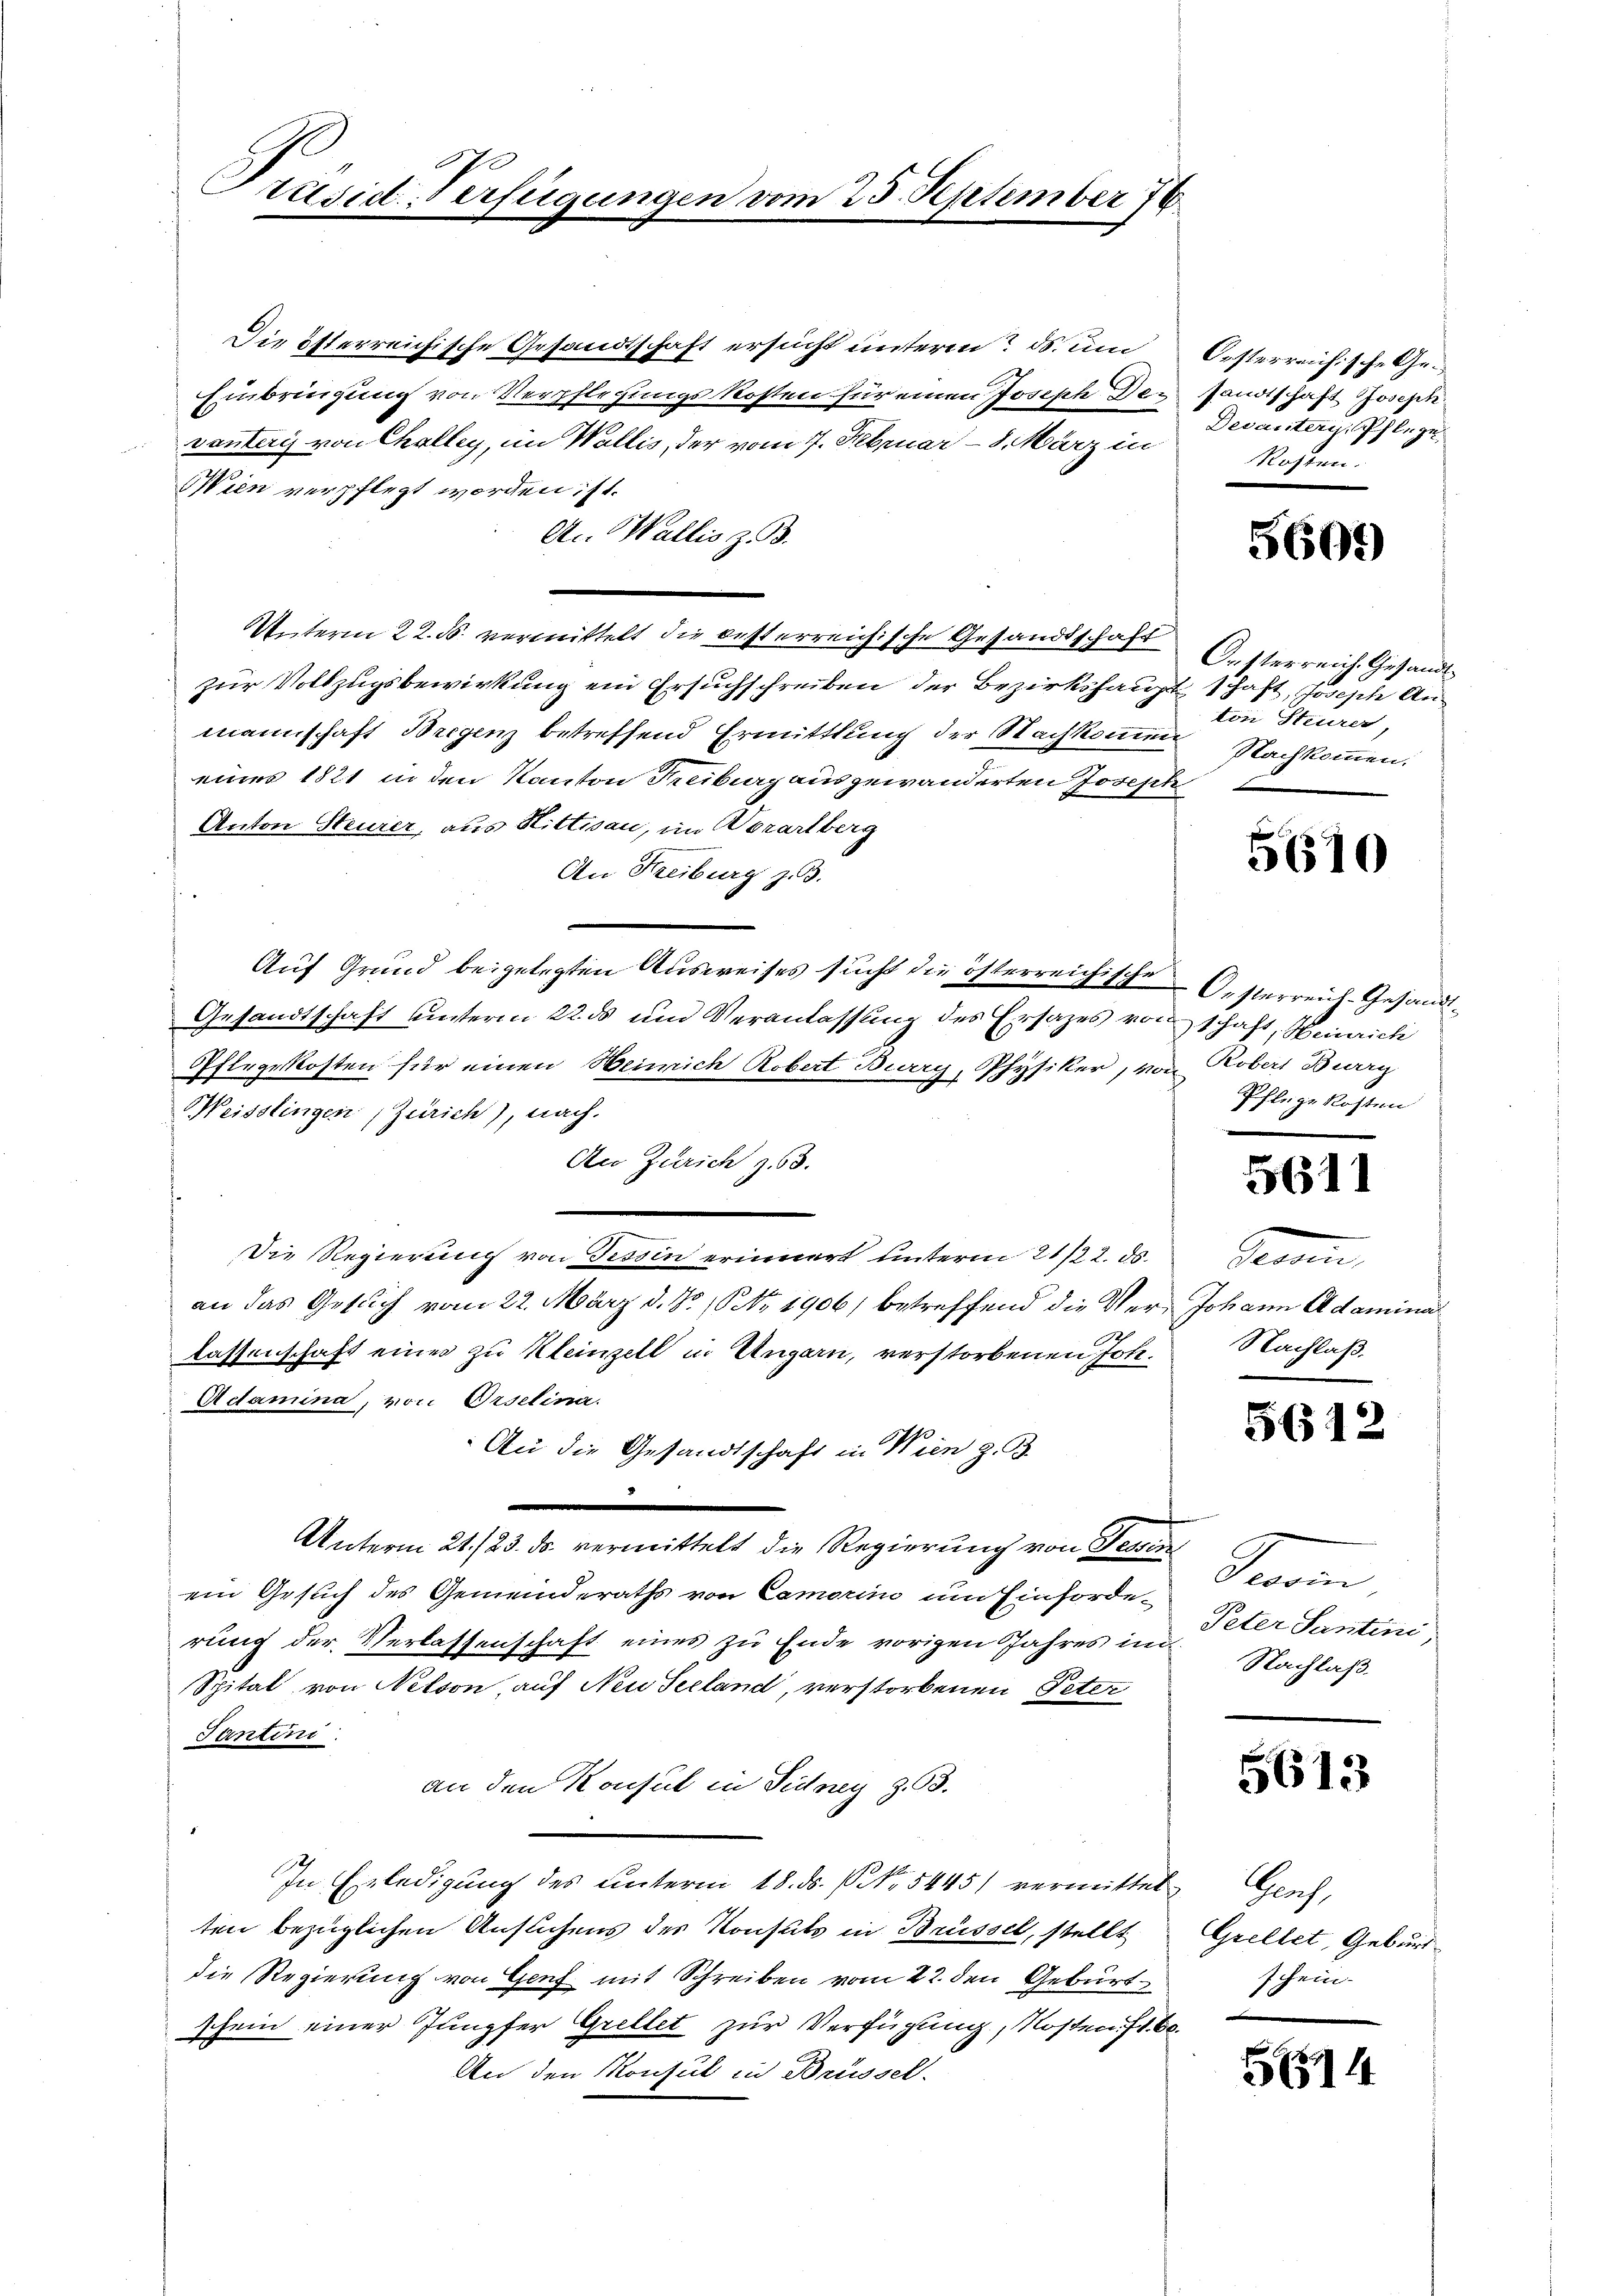
Präsid-Verfügungen vom 25. September 76

Die österreichische Gesandtschaft ersucht unterm ds. um
Einbringung von Verpflegungskosten für einen Joseph Gevanteri von Challey, im Wallis, der vom 7. Februar - 8. März in
Wien verpflegt worden; st.
An Wallis z. B.
Unterm 22. ds. vermittelt die besterreichische Gesandtschaft Oesterreich Gesandtzur Vollzugsbewirkung ein Ersuchschreiben der Bezirkshaupt schaft, Josepte Anmannschaft Bregenz betreffend Ermittlung der Nachkommene Nachkommen.
eines 1821 in den Kanton Freiburg ausgewanderten Joseph
Anton Steurer, aus Hittisau, im Vorarlberg
An Freiburg z. 3.
—
Auf Grund beigelegten Ausweises sucht die österreichische
Gesandtschaft unterm 22. ds und Veranlassung des Ersatzes von schaft, Weinrich
Pflegekosten für einen Heinrich Robert Bway, Physiker, von
Heisslingen, Zürich), nach-
An Zürich z.
Die Regierung von Tessin erinnert unterm 21/22. ds.
an das Getlich vom 22. März d. S. Nr. 1906) betreffend die Ver¬
727
lassenschaft eines zu Kleinzell in Ungarn, verstorbenen Joh.
Actamina, von Orselina.
An die Gesandtschaft in Wien z. B.
Unterm 21./23. ds. vermittelt die Regierung von Semin
ein Gesuch des Gemeinderaths von Cemorin um Einforderung der Verlassenschaft eines zu Ende vorigen Jahres im
Spital von Netson, auf Neu Seeland, verstorbenen Peter
Tantini.
an den Konsul in Sidney Z. 63.
In Erledigung des unterm 18. ds. No. 5445) vermittel
ten bezüglichen Auslichens des Konsuls in Brüssel, stellt
die Regierung von Genf mit Schreiben vom 22. den Geburt
schein einer Jungfer Grellet zur Verfügung, Kosten. 1. 6
An den Konsul in Brüssel.

Oesterreichische Gesandtschaft Joseph
Devanteri, Pflege
Rossen.

E

5601)

ton Steurer,

5610

Oesterreich-Gesandt¬
Robert Berry
Pflege Kosten

5611

Seon,
Johann Adamina
Nachlaß.

5612

Saam
Peter Santini,
Nachlaß.

5613

Genf,
Grellet, Geburt
schein

554